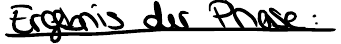
Ergebnis der Phase: